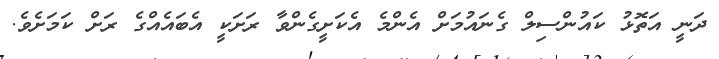
ދަނީ އަތޮޅު ކައުންސިލް ގެނައުމަށް އެންމެ އެކަށީގެންވާ ރަށަކީ އެބައެއްގެ ރަށް ކަމަށެވެ.